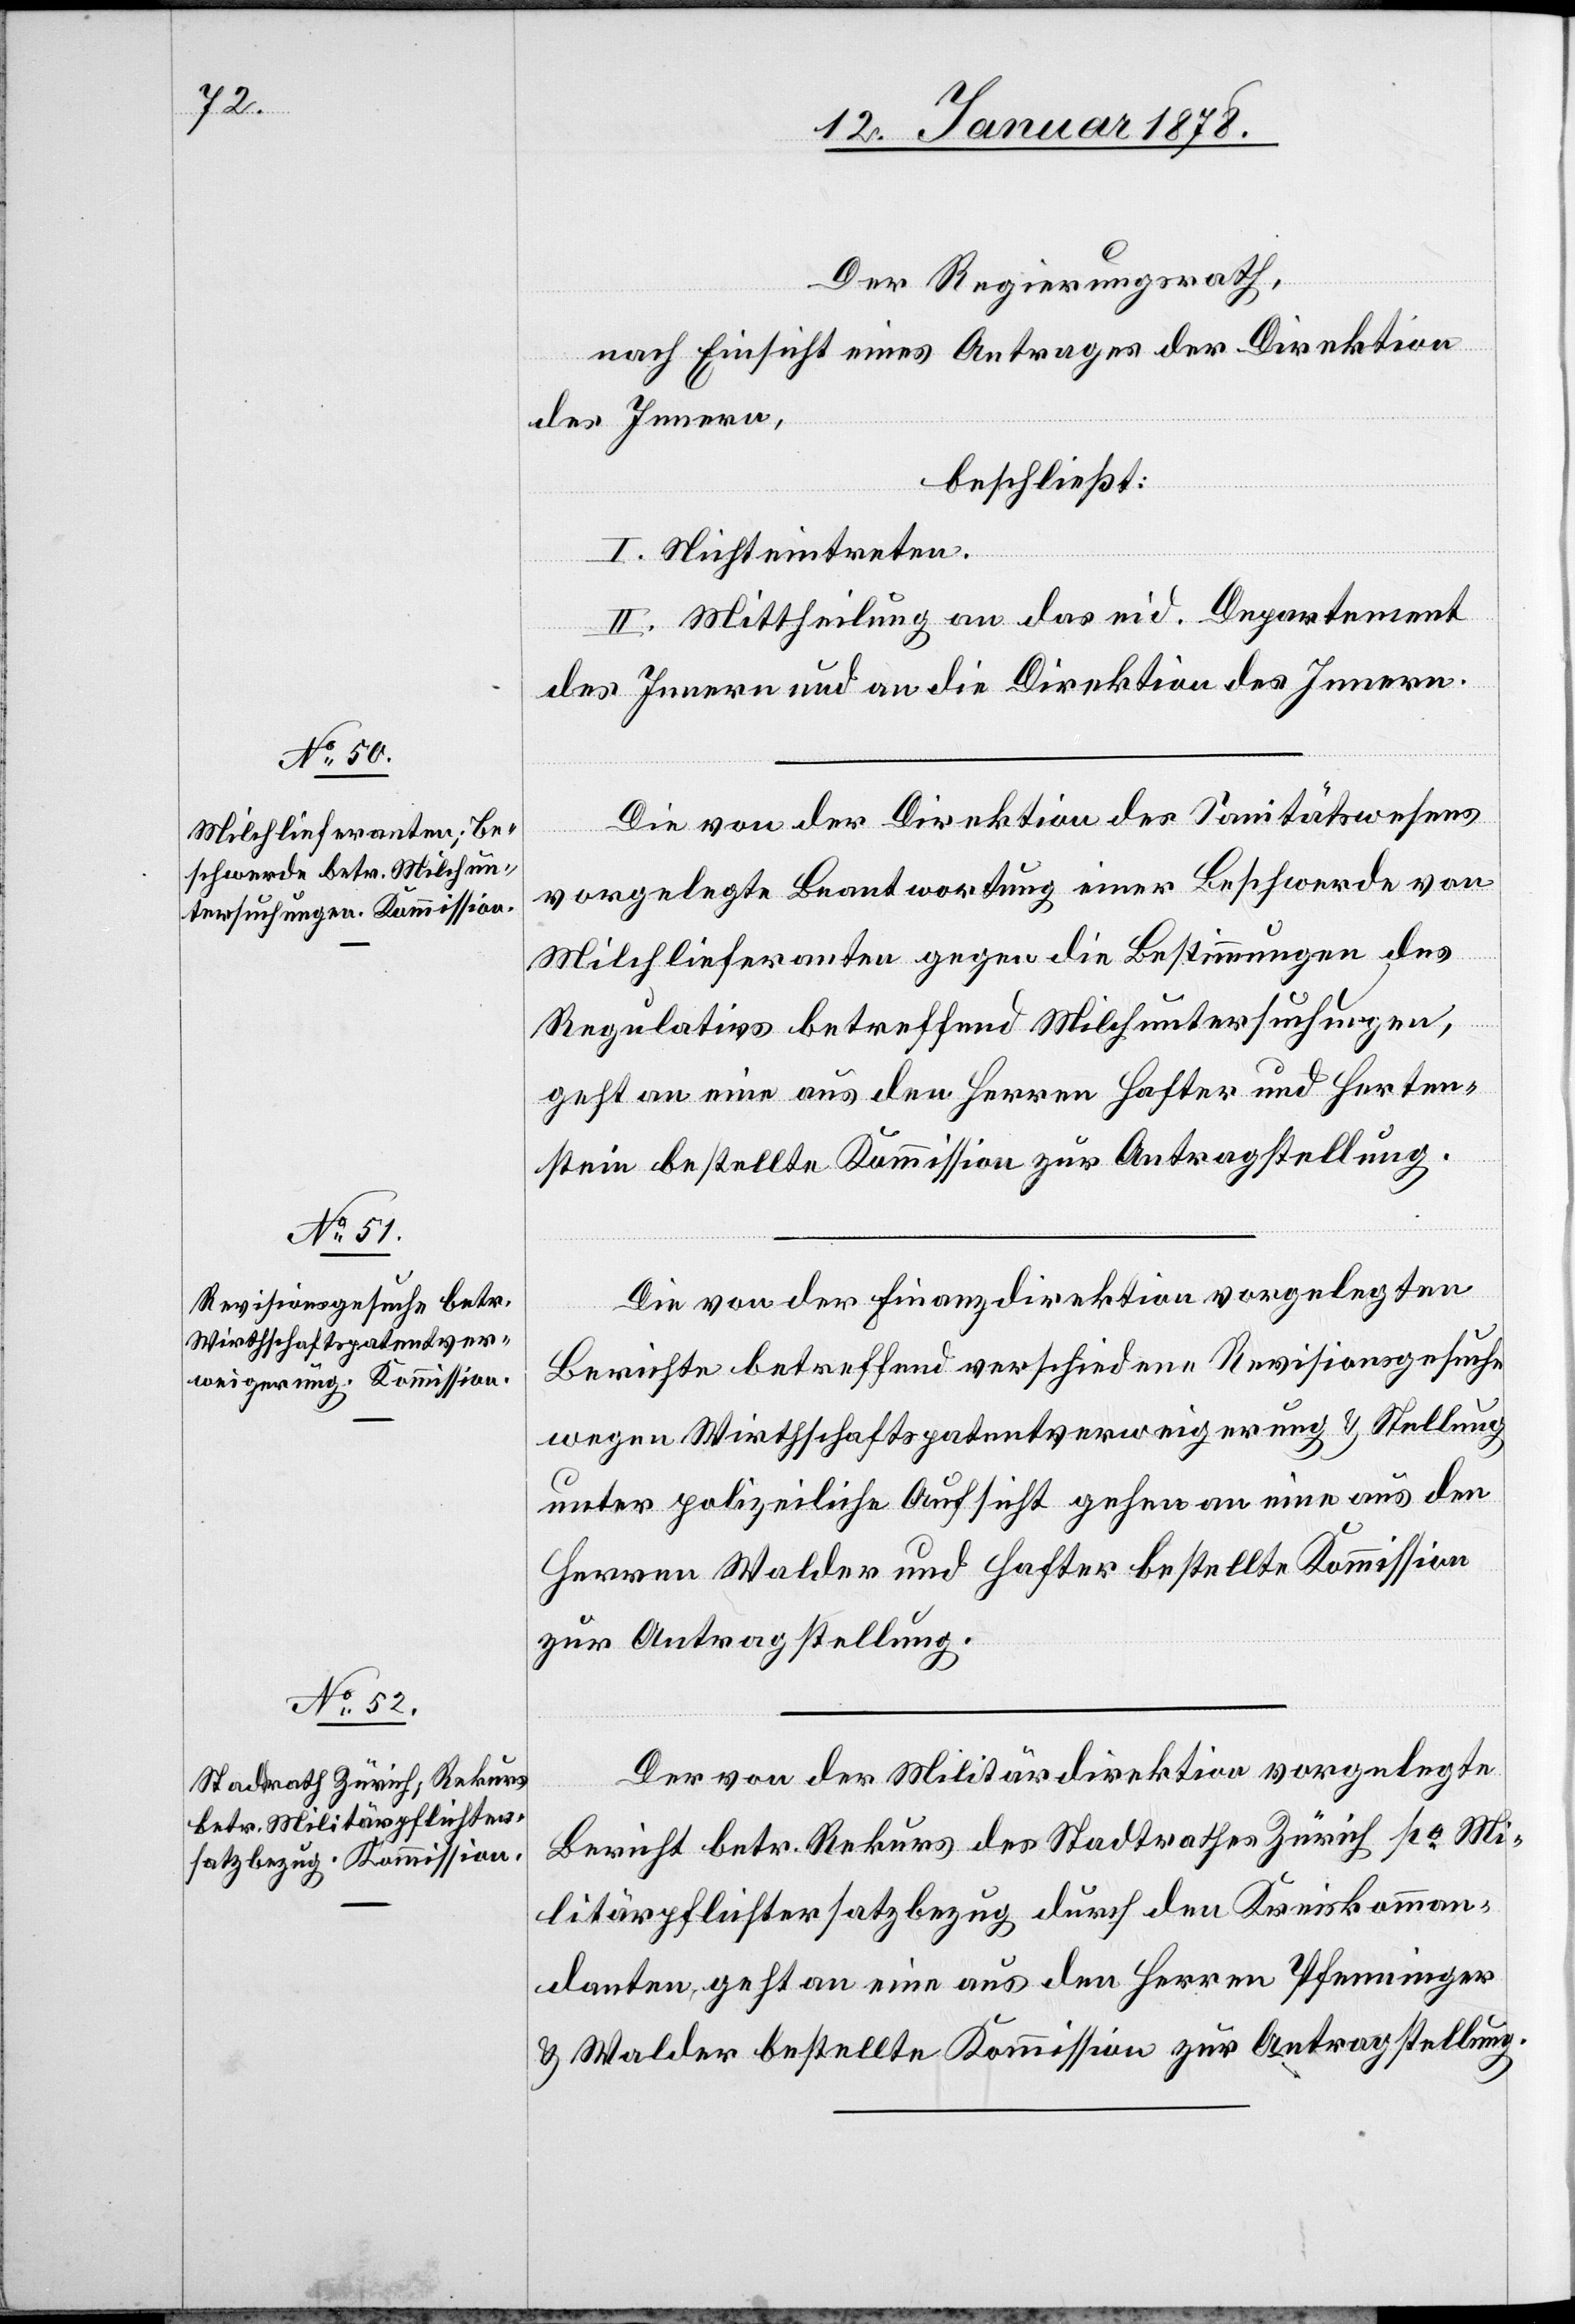
Der Regierungsrath,
nach Einsicht eines Antrages der Direktion
des Innern,
beschließt:
I. Nichteintreten.
II. Mittheilung an das eid. Departement
des Innern und an die Direktion des Innern.
Die von der Direktion des Sanitätswesens
vorgelegte Beantwortung einer Beschwerde von
Milchlieferanten gegen die Bestimmungen des
Regulativs betreffend Milchuntersuchungen,
geht an eine aus den Herren Hafter und Herten¬
stein bestellte Kommission zur Antragstellung.
Die von der Finanzdirektion vorgelegten
Berichte betreffend verschiedene Revisionsgesuche
wegen Wirthschaftspatentsverweigerung & Stellung
unter polizeiliche Aufsicht gehen an eine aus den
Herren Walder und Hafter bestellte Kommission
zur Antragstellung.
Der von der Militärdirektion vorgelegte
Bericht betr. Rekurs des Stadtrathes Zürich po Mi¬
litärpflichtersatzbezug durch den Kreiskomman¬
danten, geht an eine aus den Herren Pfenninger
& Walder bestellte Kommission zur Antragstellung.